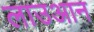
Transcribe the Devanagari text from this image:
लाउआन